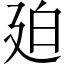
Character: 廹